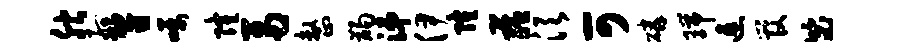
腴舸暨嘱隆鬲整蠲涕伊隆蕴须可磷瑞速管毖